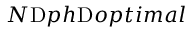
N _ { Ḋ } \mathrm { Ḋ } p h Ḍ Ḍ ^ { Ḋ } \mathrm { Ḋ } o p t i m a l Ḍ Ḍ